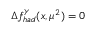
\Delta f _ { h a d } ^ { \gamma } ( x , \mu ^ { 2 } ) = 0